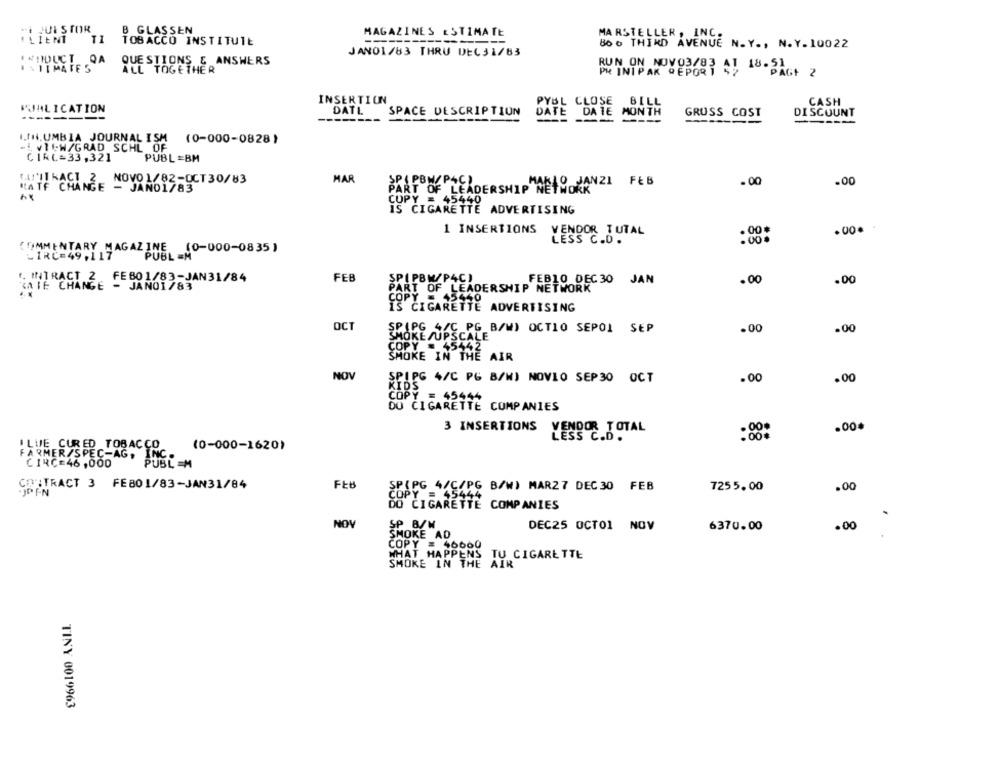
B GLASSEN
HUI STOR
MAGAZINES ESTIMATE
MARSTELLER, INC.
TI
TOBACCO INSTITUTE
Boo THIRD AVENUE N.Y ., N. Y.10022
JANO1/83 THRU DEC 31/83
INHIDUCT QA
FATIMATES
ALL TOGETHER
QUESTIONS & ANSWERS
UN ON NOVO3/83 AT 18.51
AK REPORT
PAGE 2
INSERTION
PUBLICATION
PYBL CLOSE
CASH
DATL
SPACE DESCRIPTION
DATE DATE MONTH
GRUSS COST
DISCOUNT
-----
I.IN. UMBIA JOURNAL ISM
(0-000-0828)
-1. v1 .- W/GRAD SCHL OF
CIRL=33,321
PUBL =BM
KA!'ITKACT 2 NOVO1/82-OCT30/83
HAR
SP ( PBW/P4C)
.00
.00
HA TF CHANGE - JAND1783
PART OF LEADERSHIP NELSONANZI FEB
COPY = 45440
IS CIGARETTE ADVERTISING
1 INSERTIONS VENDOR TUTAL
.00.
.00.
LESS C.D .
INE (0-000-0835)
COMMENTARY HAGAL PUBL EM
FEBO 1/83- JAN31/84
FEB
SPIPBM/P4C)
FEB10 DEC 30 JAN
.00
.00
TATE CHANGE - JANO1/83"
PART OF LEADERSHIP NETWORK
COPY
45440
IS CIGARETTE ADVERTISING
OCT
SPIPG 4/C_PG_B/W) OCT10 SEPOI SEP
.00
SMOKESUPSCALE
.00
COPY = 45442
15142
SMOKE IN THE AIR
NOV
SPIPG 4/C PG B/WJ NOVIO SEP30 OCT
.00
.00
KIDS
COPY = 45444
DO CIGARETTE COMPANIES
3 INSERTIONS
.00.
LESS CADUTAL
ILUJE CURED TOBACCO
(0-000-1620)
FARMER/SPEC-AG, INC .
CIRC=46 ,000
PUBL =M
CONTRACT 3 FE801/83-JAN31/84
FEB
SPAPG 4/C/PG B/W) MAR27 DEC30 FEB
7255.00
.00
DO CIGARETTE COMPANIES
NOV
SP 8/W
DEC25 OCTO1 NOV
6370.00
.00
SMOKE AD
COPY = 46660
APPENS TU CIGARETTE
SMOKE IN THE AIR
TINY 0019963